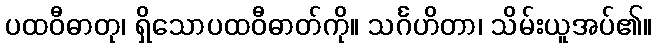
ပထဝီဓာတု၊ ရှိသောပထဝီဓာတ်ကို။ သင်္ဂဟိတာ၊ သိမ်းယူအပ်၏။